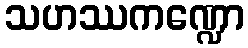
သဟဿကဏ္ဍော